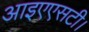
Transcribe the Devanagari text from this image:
आइएएसटी।